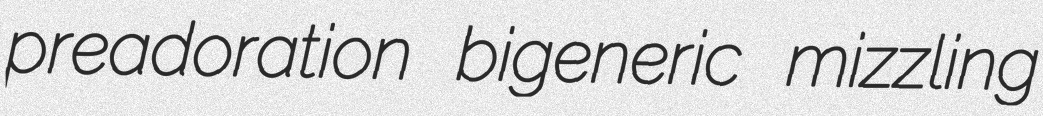
preadoration bigeneric mizzling